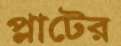
প্লাটের